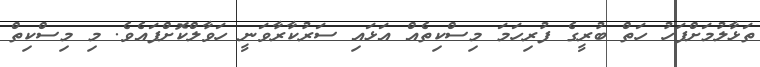
ތަޅާލުމަށްފަހު ހަތް ބުރީގެ ފުރިހަމަ މިސްކިތެއް އަޅައި ސަރުކާރާވަނީ ހަވާލްކޮށްފައެވެ. މި މިސްކިތް